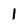
Character: 1